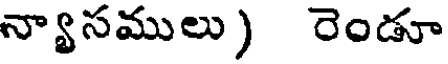
న్యాసములు) రెండూ